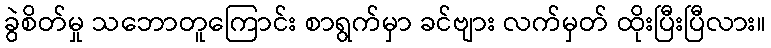
ခွဲစိတ်မှု သဘောတူကြောင်း စာရွက်မှာ ခင်ဗျား လက်မှတ် ထိုးပြီးပြီလား။